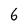
Character: 6